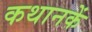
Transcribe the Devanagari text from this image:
कथानकें